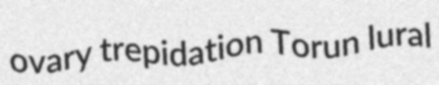
ovary trepidation Torun lural